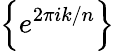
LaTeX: \left\{ e^{2\pi ik/n}\right\}